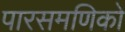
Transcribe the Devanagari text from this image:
पारसमणिको